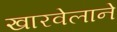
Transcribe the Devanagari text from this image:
खारवेलाने